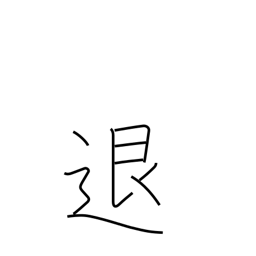
Meaning: repel